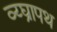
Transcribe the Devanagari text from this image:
व्य्घ्रापथ